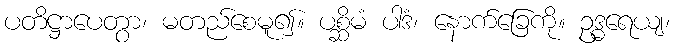
ပတိဋ္ဌာပေတွာ၊ မတည်စေမူ၍။ ပစ္ဆိမံ ပါဒံ၊ နောက်ခြေကို။ ဥဒ္ဓရေယျ၊